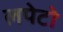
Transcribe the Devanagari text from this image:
लपेटो